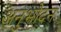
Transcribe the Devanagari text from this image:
अनुभोदन